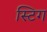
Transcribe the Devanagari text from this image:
स्टिग